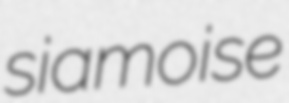
siamoise